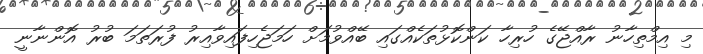
މި އިމްތިހާނު ރާއްޖޭގެ ހުރިހާ ކަންކޮޅުތަކެއްގައި ބޭއްވުމަށް ހަމަޖެހިފައިވާއިރު ފުރަތަމަ ބުރު އޮންނާނީ